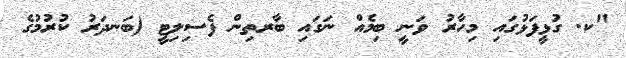
"ކ. ގުޅީފަޅުގައި މިހާރު ވަނީ ބިމެއް ނަގައި ބާރތިން ފެސިލިޓީ (ބަނދަރު ކުރުމުގެ